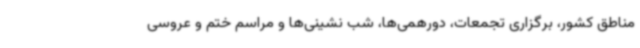
مناطق کشور، برگزاری تجمعات، دورهمی‌ها، شب نشینی‌ها و مراسم ختم و عروسی